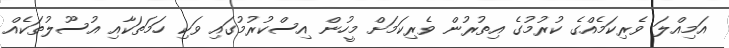
އަމިއްލަ ވެރިކަމެއްގެ ކުރުމުގެ އިތުރުން ވެރިކަމަށް މީހުން އިސްކުރުމުގައި ވަކި ހަމަތަކާއި އުސޫލުތަކެއް